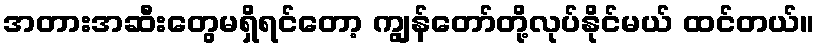
အတားအဆီးတွေမရှိရင်တော့ ကျွန်တော်တို့လုပ်နိုင်မယ် ထင်တယ်။